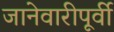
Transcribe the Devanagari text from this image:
जानेवारीपूर्वी